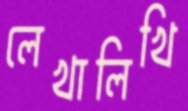
লেখালিখি